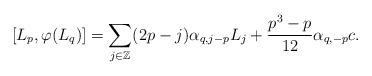
LaTeX: \begin{align*} [L_p,\varphi(L_q)] = \sum_{j \in \mathbb{Z}} (2p - j) \alpha_{q,j-p}L_j + \dfrac{p^3 - p}{12}\alpha_{q,-p}c.\end{align*}